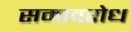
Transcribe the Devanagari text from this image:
समावरोध